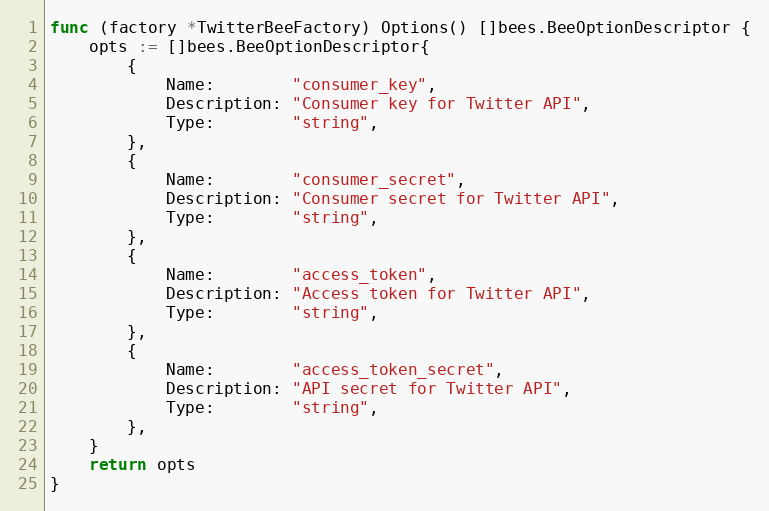
Language: Go
func (factory *TwitterBeeFactory) Options() []bees.BeeOptionDescriptor {
	opts := []bees.BeeOptionDescriptor{
		{
			Name:        "consumer_key",
			Description: "Consumer key for Twitter API",
			Type:        "string",
		},
		{
			Name:        "consumer_secret",
			Description: "Consumer secret for Twitter API",
			Type:        "string",
		},
		{
			Name:        "access_token",
			Description: "Access token for Twitter API",
			Type:        "string",
		},
		{
			Name:        "access_token_secret",
			Description: "API secret for Twitter API",
			Type:        "string",
		},
	}
	return opts
}